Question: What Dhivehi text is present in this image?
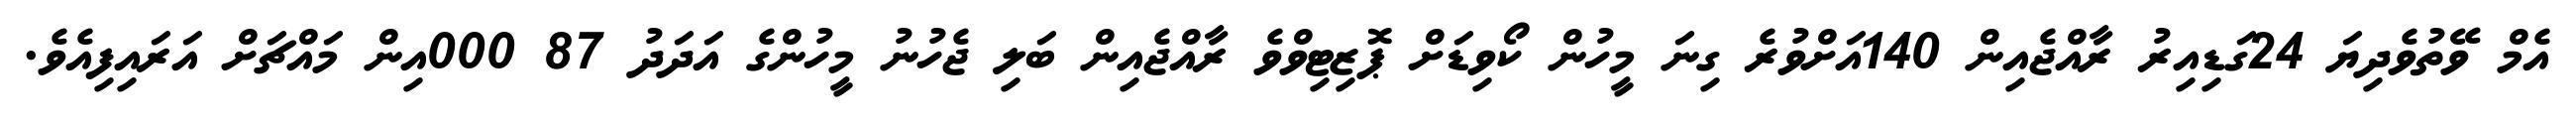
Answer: އެމް ވޭތުވެދިޔަ 24ގަޑިއިރު ރާއްޖެއިން 140އަށްވުރެ ގިނަ މީހުން ކޯވިޑަށް ޕޮޒިޓިވްވެ ރާއްޖެއިން ބަލި ޖެހުނު މީހުންގެ އަދަދު 87 000އިން މައްޗަށް އަރައިފިއެވެ.